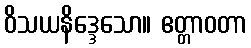
ဝိသယနိဒ္ဒေသော။ ဧတ္တာဝတာ